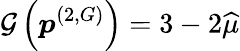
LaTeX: \mathcal{G}\left(\boldsymbol{p}^{(2,G)}\right)=3-2\widehat{\mu}